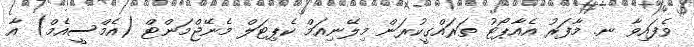
ވެފައިވާ ނ. މާފަރު އެއާޕޯޓު ތަރައްގީކުރަން މިލޭނިއަމް ކެޕިޓަލް މެނޭޖްމަންޓް (އެމްސީއެމް) އާ